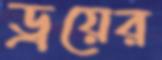
ড্রয়ের